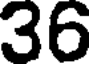
36